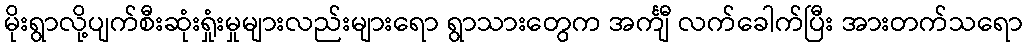
မိုးရွာလို့ပျက်စီးဆုံးရှုံးမှုများလည်းများရော ရွာသားတွေက အင်္ကျီ လက်ခေါက်ပြီး အားတက်သရော